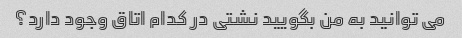
می توانید به من بگویید نشتی در کدام اتاق وجود دارد؟